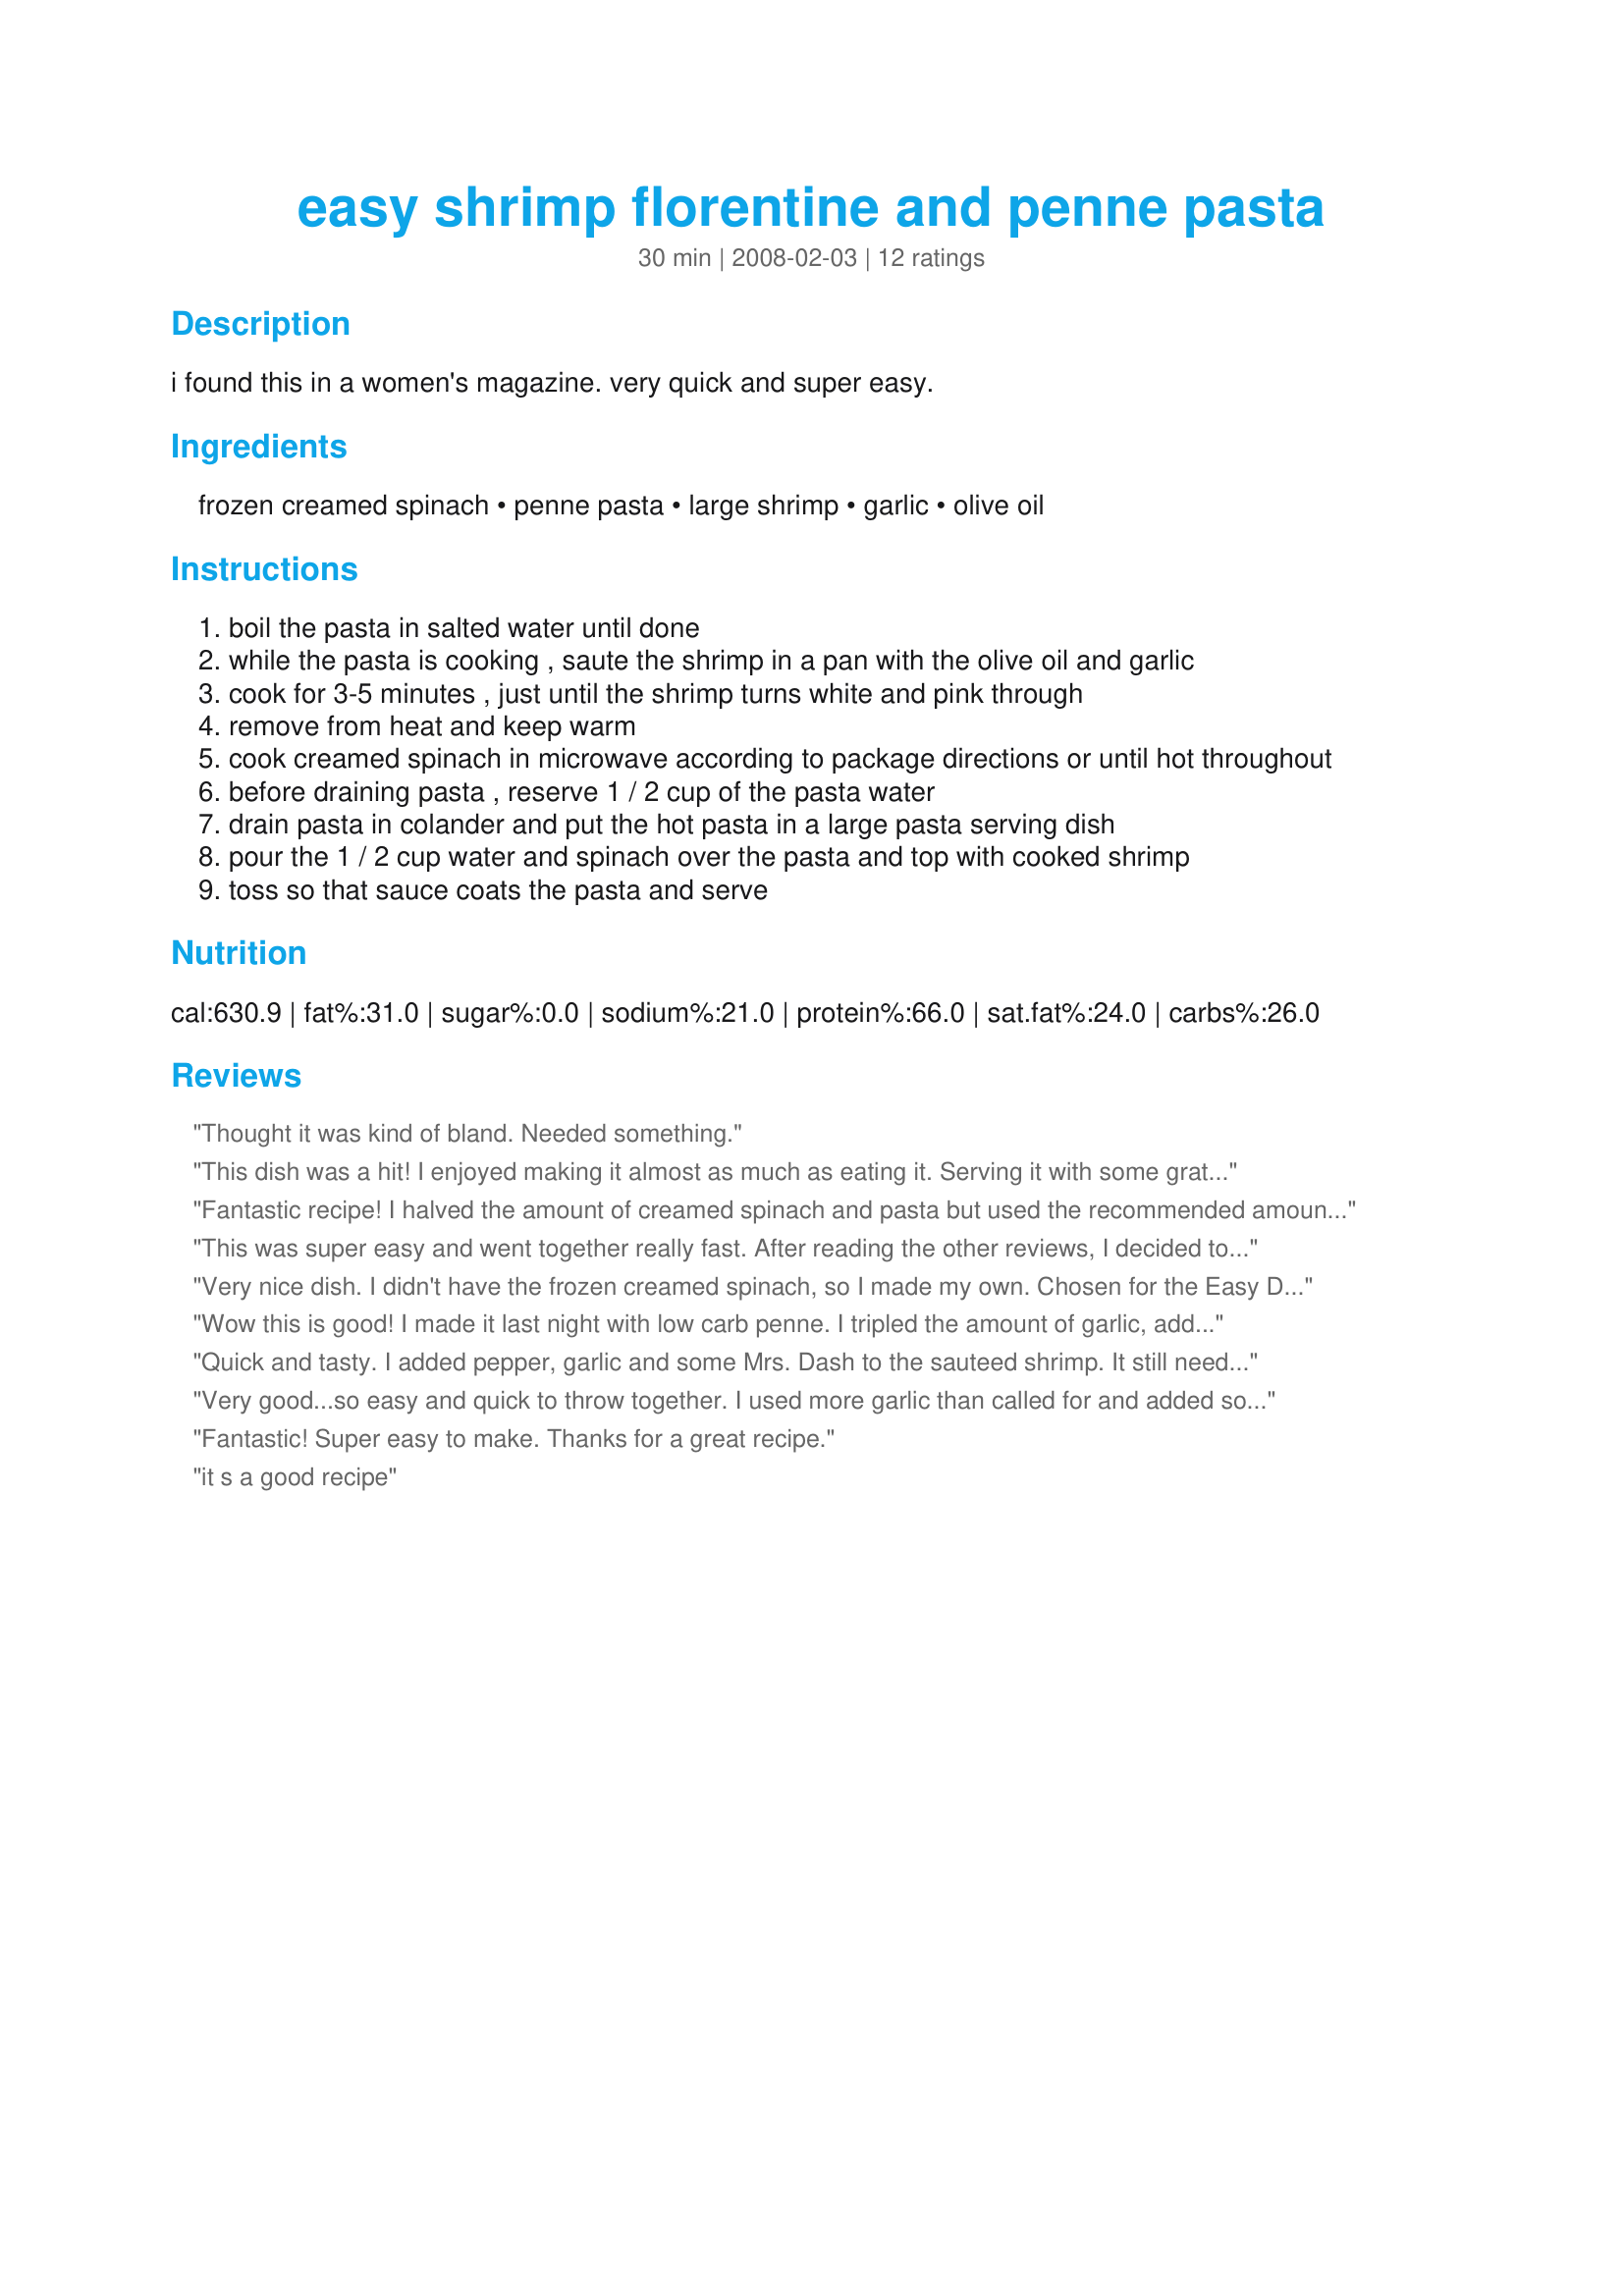
easy shrimp florentine and penne pasta
Preparation time: 30 minutes

i found this in a women's magazine. very quick and super easy.

Ingredients:
frozen creamed spinach, penne pasta, large shrimp, garlic, olive oil

Steps:
boil the pasta in salted water until done
while the pasta is cooking , saute the shrimp in a pan with the olive oil and garlic
cook for 3-5 minutes , just until the shrimp turns white and pink through
remove from heat and keep warm
cook creamed spinach in microwave according to package directions or until hot throughout
before draining pasta , reserve 1 / 2 cup of the pasta water
drain pasta in colander and put the hot pasta in a large pasta serving dish
pour the 1 / 2 cup water and spinach over the pasta and top with cooked shrimp
toss so that sauce coats the pasta and serve

Reviews:
Thought it was kind of bland. Needed something.
This dish was a hit! I enjoyed making it almost as much as eating it. Serving it with some grated parmesan and romano really sets it off. From now on, this will be added to my monthly meal rotation.
Fantastic recipe! I halved the amount of creamed spinach and pasta but used the recommended amounts of everything else. I added a splash of milk and about a 1/4 cup of parmesan cheese to the creamed spinach mixture to make it richer. Great flavor and a definite regular in our house :)
This was super easy and went together really fast. After reading the other reviews, I decided to tweak things a little bit. I doubled the garlic and added 2 T. of Emeril's Essence while sauteing the shrimp. Otherwise, I made it exactly as written, serving it over whole wheat penne pasta. In lieu of the pasta water, I might use heavy cream next time to make it a little richer. I also served it with parmesan cheese sprinkled on, which I might add while cooking next time. This is definitely worth playing with, though. Thanks for posting this.
Very nice dish. I didn't have the frozen creamed spinach, so I made my own. Chosen for the Easy Does It! Event in the Photo Forum. :)
Wow this is good! I made it last night with low carb penne. I tripled the amount of garlic, added pepper when I was cooking the shrimp and grated parmesean over the top. It was out of this world!
Quick and tasty. I added pepper, garlic and some Mrs. Dash to the sauteed shrimp. It still needed something. My husband suggested crumbled feta; I thought perhaps some lemon pepper.

Thanks for this quick, tasty recipe!
Very good...so easy and quick to throw together. I used more garlic than called for and added some diced sun dried tomatoes just before serving. Sprinkled with some grated parmesan. No overpowering flavors...just simple goodness.
Fantastic! Super easy to make. Thanks for a great recipe.
it s a good recipe
hi there Jenny Frenny, what a great dish! didn't use frozen creamed spinach made my own & added nutmeg to dish, then with the shrimp and garlic I added crushed red pepper flakes & then when the dish was in the bowl, I too added some freshly grated Parmesan, what a fabulous hit it was! there were a bunch of us brainstorming some ideas for activities that are coming up & we made this! Also, saw Lori Mama's review & wonderful photo and that was enough for me, anything she likes is worth trying. Thanks for posting, Manami :)
I didn't have shrimp so I cubed chicken breast and used fresh spinach, but this was a huge hit!! All the kids gobbled it up and my husband said it was a keeper. Thanks for the great recipe.
